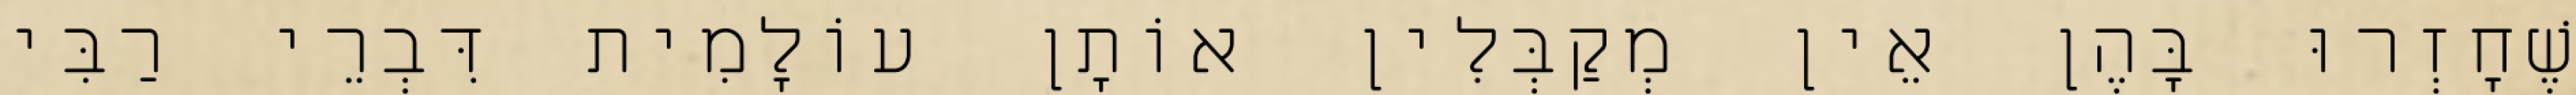
שֶׁחָזְרוּ בָּהֶן אֵין מְקַבְּלִין אוֹתָן עוֹלָמִית דִּבְרֵי רַבִּי